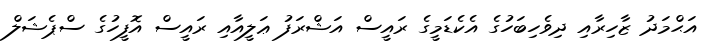
އަޙްމަދު ޒާހިރާއި ދިވެހިބަހުގެ އެކެޑަމީގެ ރައީސް އަޝްރަފު ޢަލީއާއި ރައީސް އޮފީހުގެ ސްޕެޝަލް